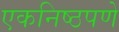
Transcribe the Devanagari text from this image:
एकनिष्ठपणे